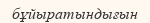
бұйыратындығын